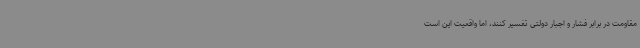
مقاومت در برابر فشار و اجبار دولتی تفسیر کنند، اما واقعیت این است